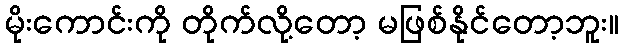
မိုးကောင်းကို တိုက်လို့တော့ မဖြစ်နိုင်တော့ဘူး။